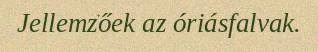
Jellemzőek az óriásfalvak.